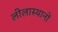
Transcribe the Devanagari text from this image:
लीलास्थानों